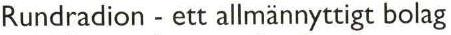
Rundradion - ett allmännyttigt bolag